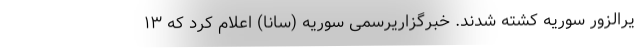
یرالزور سوریه کشته شدند. خبرگزاریرسمی سوریه (سانا) اعلام کرد که ۱۳